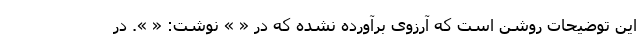
این توضیحات روشن است که آرزوی برآورده نشده که در « » نوشت: « ». در